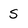
Character: S